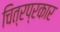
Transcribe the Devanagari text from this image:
चित्रप्रकार